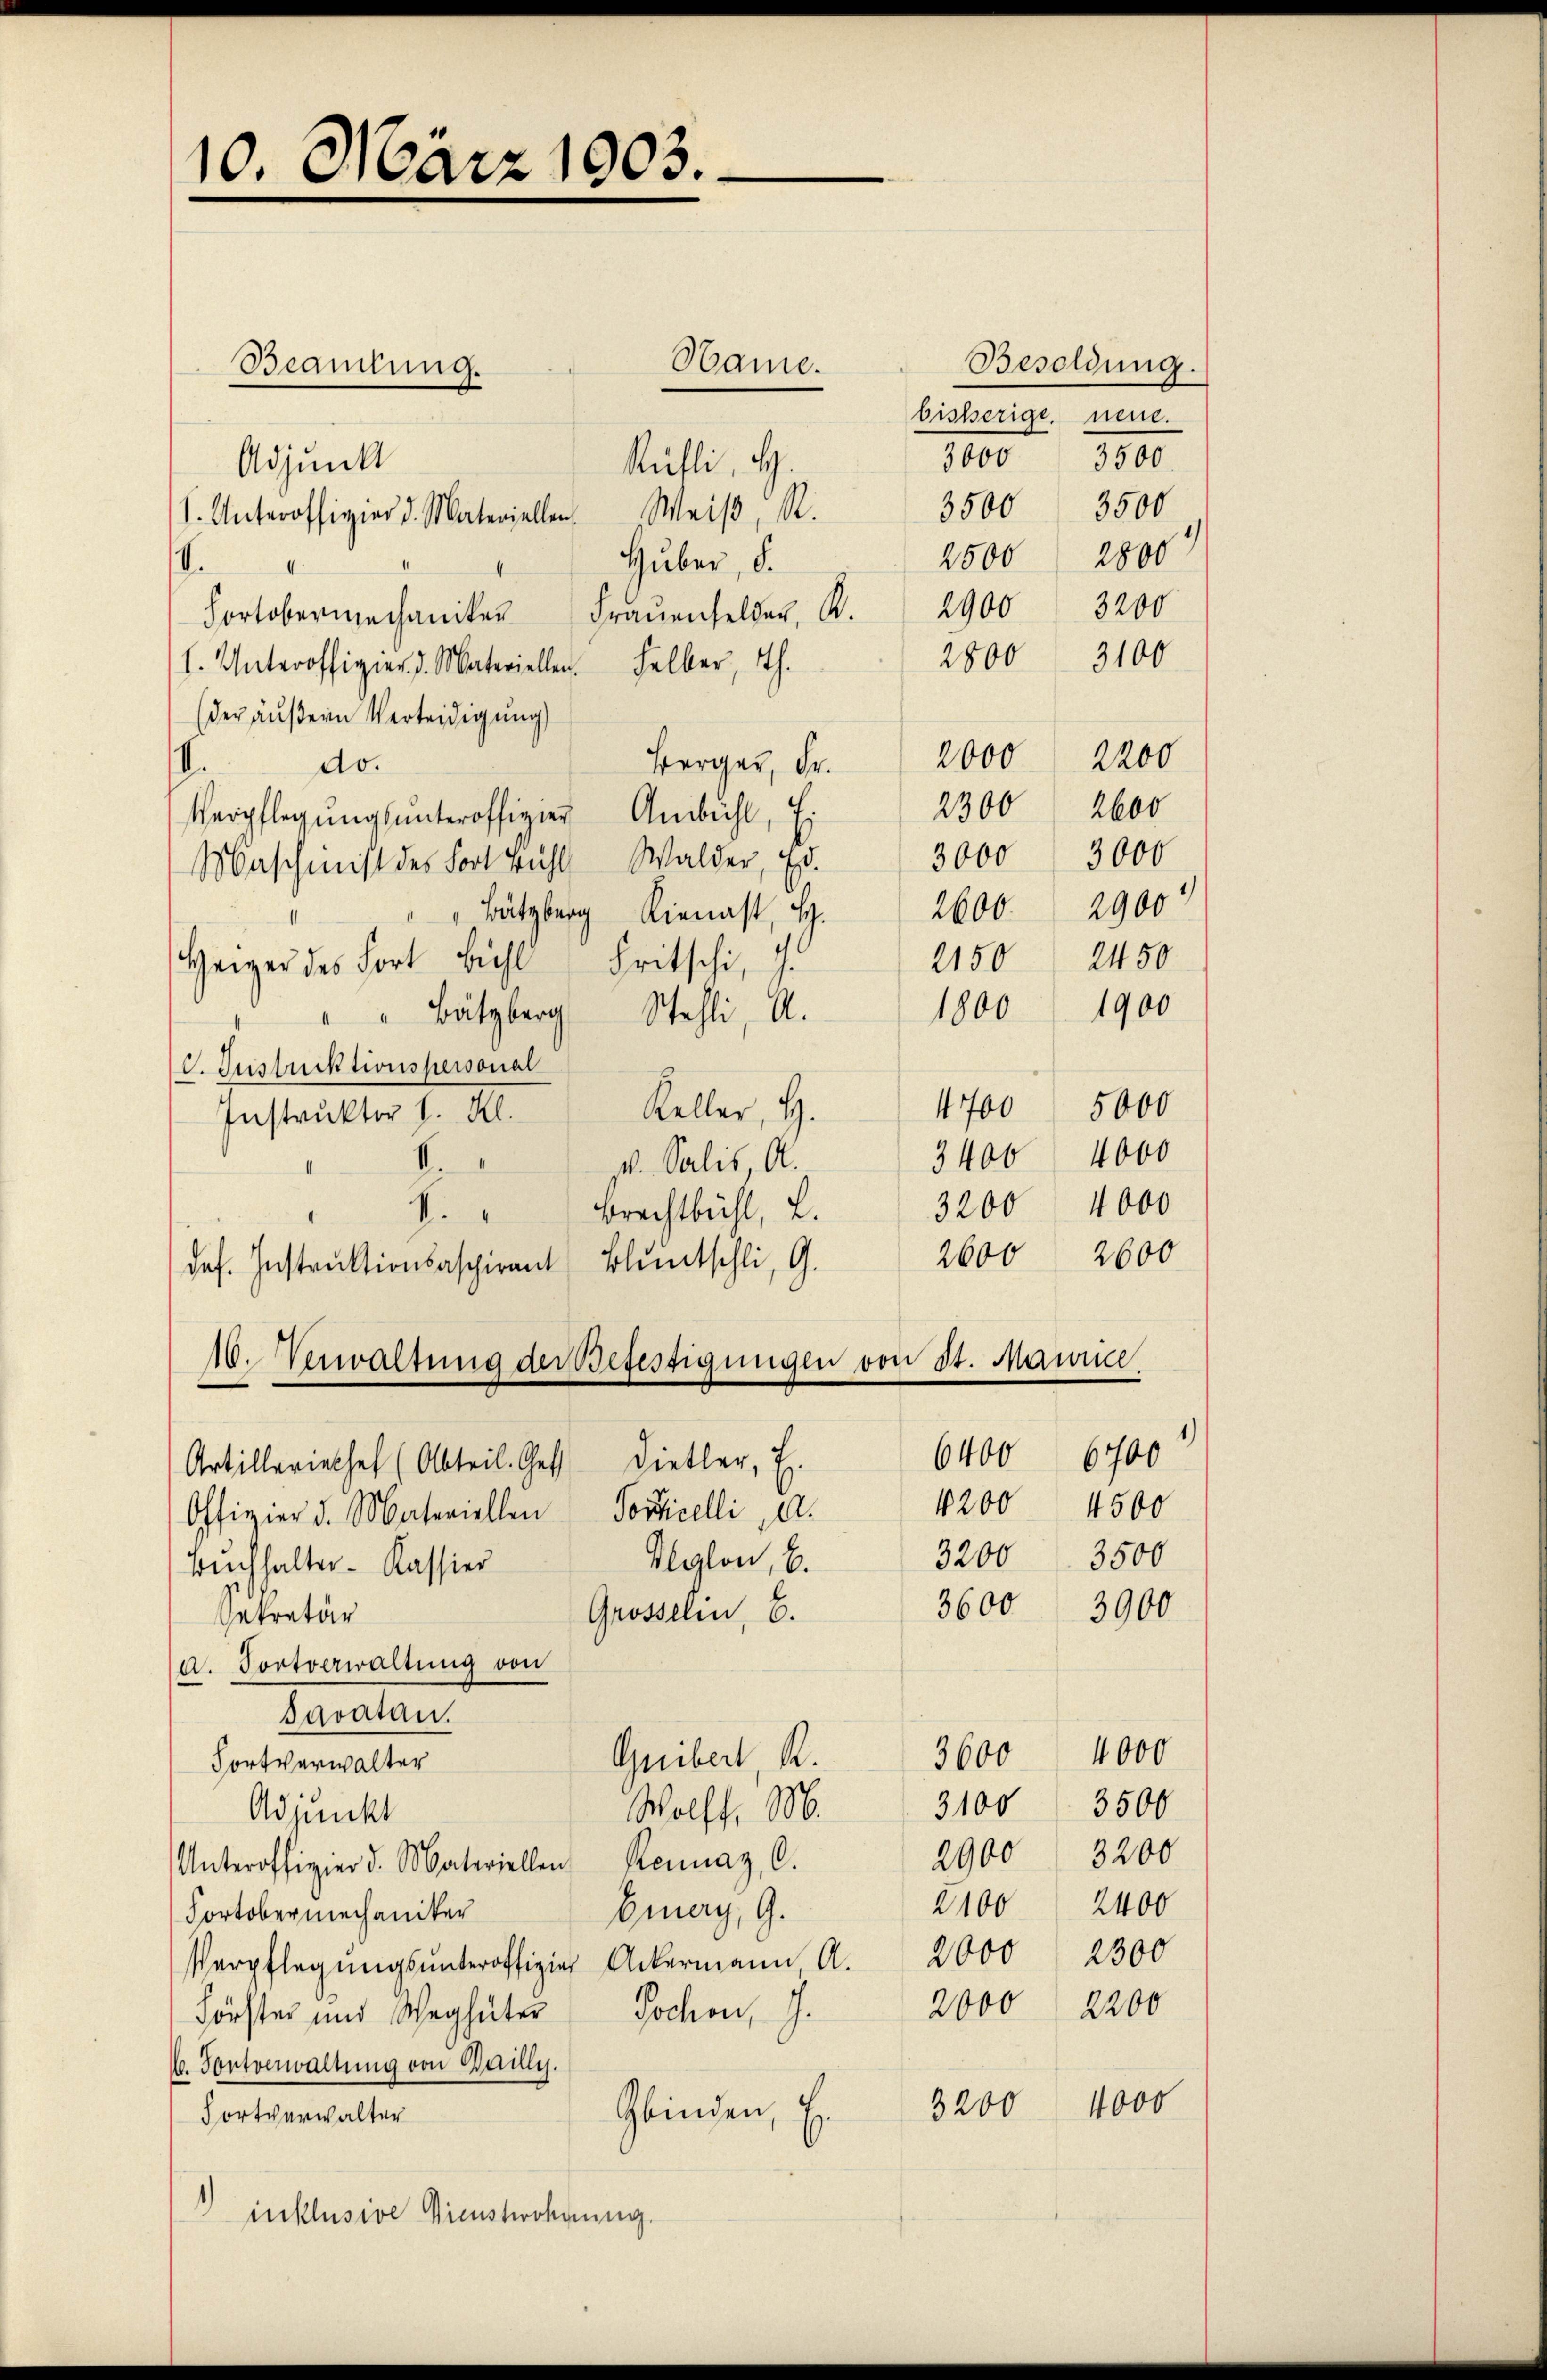
10. März 1903.

Beamtung.
Adjunkt
Küfli, S.
s. Unteroffizier d. Materiellen. Weiβ, R.
Huber, d.
I.
4
Fortberechaniker Fraŭenfelder K. 2900 3200
l. Unteroffigier d. Materiellen. Halber, Th.
(der äußern Verteidigung
.
do.
Verpflegŭngsŭnteroffizier Anbühl, Ei
Maschinist des Fort Bühl Walder, Ed.
" Bützberg Kienast, H.
Heiger des Fort Bühl Fritschi, 9.
" Bätzberg Stehli, A.
C. Justicktionspersonal
Keller, H.
Instruktor l. Kl.
p. Salis, Al.
.
Brachtbühl, L.
k
das. Instruktionsaspirant Bluntschli, G.
10. Verwaltung der Befestigungen von St. Manne
6400 6700
Artilleriethel (Abteil. Ges. Dietler, E.
1200 4500
Offizier d. Materiellen Porticelli a.
3200. 3500
Alylon, b.
Buchhalter-Kassier
3600
Grosselin, 6.
Sekretär
a. Fortverwaltung von
Peraten
3600 4000
Guibert, R.
Fortverwalter
3100. 3500
Wolff, M.
Adjunkt
Unteroffizier d. Materiellen Rennaz, C.
Energ, G.
Portober mechaniker
Verpflegŭngsŭnteroffizier Ackermann, A. 2000 2300
2000 2200
Förster und Weghüter Jochen, J.
6. Pontverwaltung von Bailly.
Gbinden
3200
Fortverwalter
6
inklusive Dienstwohnung.

Hame.

Besoldung.
bisherige, neue.
110
3500.
3500 3500
2500 1890
2800 3100

2150

Berger, Fr. 2000 2200
2600
2300
3000  3000
2600. 2900
2450
1800 1900
1700 5000
3400 4000
3200 4000
2600
2600

3900

2900 3200
2100 2400

4000